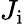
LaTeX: J_{\mathrm{i}}